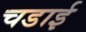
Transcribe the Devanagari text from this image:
चडाई